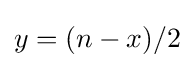
y=(n-x)/2